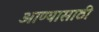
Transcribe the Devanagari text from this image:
आण्यासाठी